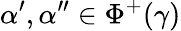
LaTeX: \alpha^{\prime},\alpha^{\prime\prime}\in\Phi^{+}(\gamma)